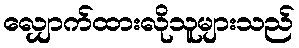
လျှောက်ထားလိုသူများသည်